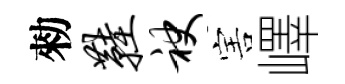
勑鞋袂害嶧